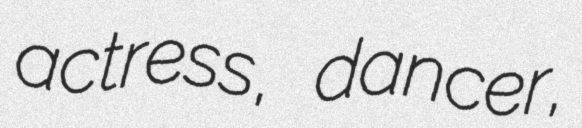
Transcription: actress, dancer,